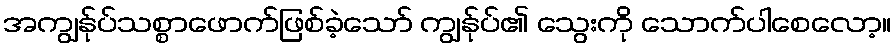
အကျွန်ုပ်သစ္စာဖောက်ဖြစ်ခဲ့သော် ကျွန်ုပ်၏ သွေးကို သောက်ပါစေလော့။